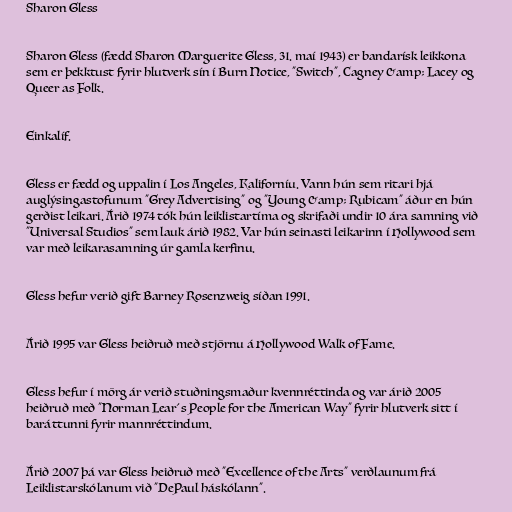
Sharon Gless

Sharon Gless (fædd Sharon Marguerite Gless, 31. maí 1943) er bandarísk leikkona
sem er þekktust fyrir hlutverk sín í Burn Notice, "Switch", Cagney &amp; Lacey og
Queer as Folk.

Einkalíf.

Gless er fædd og uppalin í Los Angeles, Kaliforníu. Vann hún sem ritari hjá
auglýsingastofunum "Grey Advertising" og "Young &amp; Rubicam" áður en hún
gerðist leikari. Árið 1974 tók hún leiklistartíma og skrifaði undir 10 ára samning við
"Universal Studios" sem lauk árið 1982. Var hún seinasti leikarinn í Hollywood sem
var með leikarasamning úr gamla kerfinu.

Gless hefur verið gift Barney Rosenzweig síðan 1991.

Árið 1995 var Gless heiðruð með stjörnu á Hollywood Walk of Fame.

Gless hefur í mörg ár verið stuðningsmaður kvennréttinda og var árið 2005
heiðruð með "Norman Lear´s People for the American Way" fyrir hlutverk sitt í
baráttunni fyrir mannréttindum.

Árið 2007 þá var Gless heiðruð með "Excellence of the Arts" verðlaunum frá
Leiklistarskólanum við "DePaul háskólann".